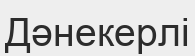
Дәнекерлі